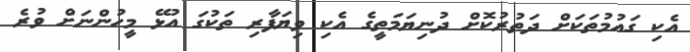
އެކި ގައުމުތަކަށް ދަތުރުކޮށް ދުނިޔަމަތީގެ އެކި ވިޔަފާރި ތަކުގަ އުޅޭ މީހުންނަށް ވުރެ